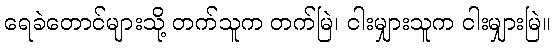
ရေခဲတောင်များသို့ တက်သူက တက်မြဲ၊ ငါးမျှားသူက ငါးမျှားမြဲ။